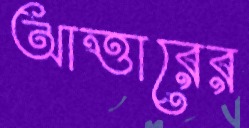
আত্তারের